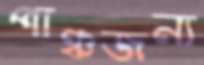
পাঞ্চজন্য